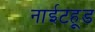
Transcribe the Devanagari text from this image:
नाईटहूड